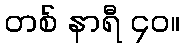
တစ် နာရီ ၄၀။